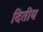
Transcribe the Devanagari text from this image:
दितीय